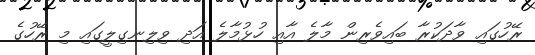
ރޭހުގައި ވާދަކުރާ ބައިވެރިން މާލެ އާއި ހުޅުމާލެ އަދި ވިލިނގިލީގައި މި ރޭހުގެ